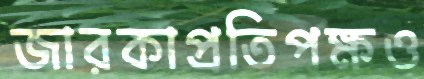
জারকাপ্রতিপক্ষও